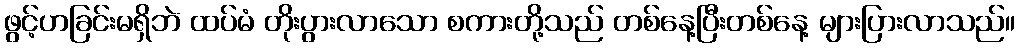
ဖွင့်ဟခြင်းမရှိဘဲ ထပ်မံ တိုးပွားလာသော စကားတို့သည် တစ်နေ့ပြီးတစ်နေ့ များပြားလာသည်။